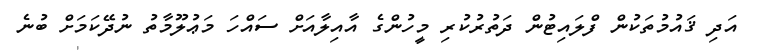
އަދި ޤައުމުތަކުން ފްލައިޓުން ދަތުރުކުރި މީހުންގެ އާއިލާއަށް ސައްހަ މަޢުލޫމާތު ނުދޭކަމަށް ބުނެ